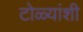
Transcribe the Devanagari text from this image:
टोळ्यांशी